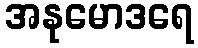
အနုမောဒရေ